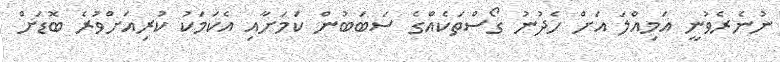
ނުނެރެވުނީ އަމިއްލަ އަށް ހެދުނު ގޯސްތަކެއްގެ ސަބަބުން ކަމަށާއި އެކަމަކު ކުރިއަށްވުރެ ބޮޑަށް